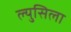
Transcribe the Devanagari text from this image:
ल्युसिला